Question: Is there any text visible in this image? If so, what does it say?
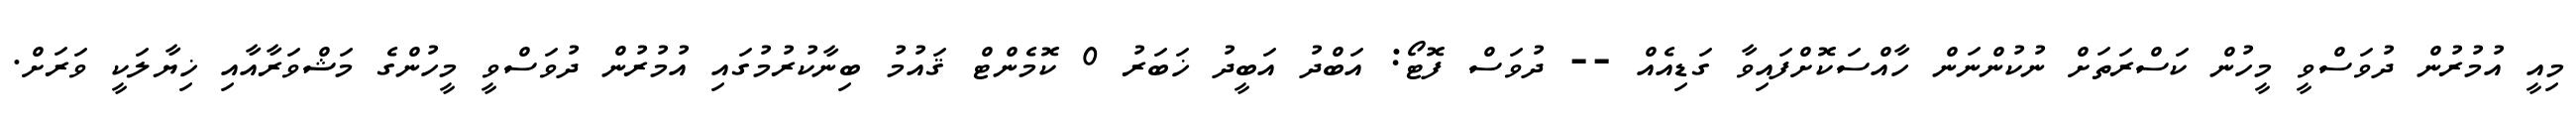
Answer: މިއީ އުމުރުން ދުވަސްވީ މީހުން ކަސްރަތަށް ނުކުންނަން ހާއްސަކޮށްފައިވާ ގަޑިއެއް -- ދުވަސް ފޮޓޯ: އަބްދު އަބީދު ޚަބަރު 0 ކޮމެންޓް ޤައުމު ބިނާކުރުމުގައި އުމުރުން ދުވަސްވީ މީހުންގެ މަޝްވަރާއާއި ޚިޔާލަކީ ވަރަށް.